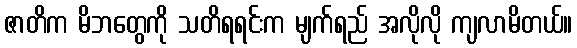
ဇာတိက မိဘတွေကို သတိရရင်းက မျက်ရည် အလိုလို ကျလာမိတယ်။